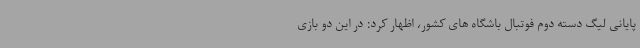
پایانی لیگ دسته دوم فوتبال باشگاه های کشور، اظهار کرد: در این دو بازی